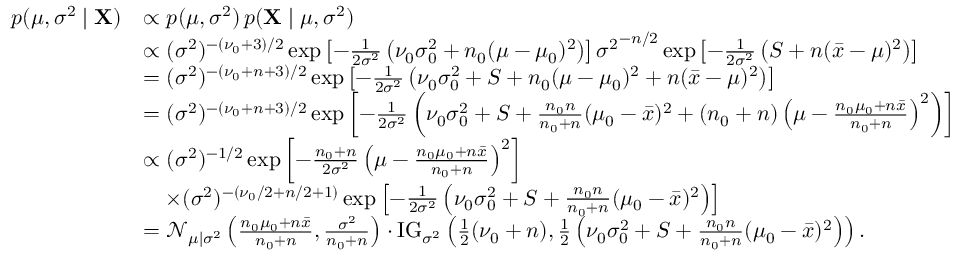
{ \begin{array} { r l } { p ( \mu , \sigma ^ { 2 } \mid \mathbf { X } ) } & { \propto p ( \mu , \sigma ^ { 2 } ) \, p ( \mathbf { X } \mid \mu , \sigma ^ { 2 } ) } \\ & { \propto ( \sigma ^ { 2 } ) ^ { - ( \nu _ { 0 } + 3 ) / 2 } \exp \left[ - { \frac { 1 } { 2 \sigma ^ { 2 } } } \left( \nu _ { 0 } \sigma _ { 0 } ^ { 2 } + n _ { 0 } ( \mu - \mu _ { 0 } ) ^ { 2 } \right) \right] { \sigma ^ { 2 } } ^ { - n / 2 } \exp \left[ - { \frac { 1 } { 2 \sigma ^ { 2 } } } \left( S + n ( { \bar { x } } - \mu ) ^ { 2 } \right) \right] } \\ & { = ( \sigma ^ { 2 } ) ^ { - ( \nu _ { 0 } + n + 3 ) / 2 } \exp \left[ - { \frac { 1 } { 2 \sigma ^ { 2 } } } \left( \nu _ { 0 } \sigma _ { 0 } ^ { 2 } + S + n _ { 0 } ( \mu - \mu _ { 0 } ) ^ { 2 } + n ( { \bar { x } } - \mu ) ^ { 2 } \right) \right] } \\ & { = ( \sigma ^ { 2 } ) ^ { - ( \nu _ { 0 } + n + 3 ) / 2 } \exp \left[ - { \frac { 1 } { 2 \sigma ^ { 2 } } } \left( \nu _ { 0 } \sigma _ { 0 } ^ { 2 } + S + { \frac { n _ { 0 } n } { n _ { 0 } + n } } ( \mu _ { 0 } - { \bar { x } } ) ^ { 2 } + ( n _ { 0 } + n ) \left( \mu - { \frac { n _ { 0 } \mu _ { 0 } + n { \bar { x } } } { n _ { 0 } + n } } \right) ^ { 2 } \right) \right] } \\ & { \propto ( \sigma ^ { 2 } ) ^ { - 1 / 2 } \exp \left[ - { \frac { n _ { 0 } + n } { 2 \sigma ^ { 2 } } } \left( \mu - { \frac { n _ { 0 } \mu _ { 0 } + n { \bar { x } } } { n _ { 0 } + n } } \right) ^ { 2 } \right] } \\ & { \quad \times ( \sigma ^ { 2 } ) ^ { - ( \nu _ { 0 } / 2 + n / 2 + 1 ) } \exp \left[ - { \frac { 1 } { 2 \sigma ^ { 2 } } } \left( \nu _ { 0 } \sigma _ { 0 } ^ { 2 } + S + { \frac { n _ { 0 } n } { n _ { 0 } + n } } ( \mu _ { 0 } - { \bar { x } } ) ^ { 2 } \right) \right] } \\ & { = { \mathcal { N } } _ { \mu \mid \sigma ^ { 2 } } \left( { \frac { n _ { 0 } \mu _ { 0 } + n { \bar { x } } } { n _ { 0 } + n } } , { \frac { \sigma ^ { 2 } } { n _ { 0 } + n } } \right) \cdot \mathrm { { I G } } _ { \sigma ^ { 2 } } \left( { \frac { 1 } { 2 } } ( \nu _ { 0 } + n ) , { \frac { 1 } { 2 } } \left( \nu _ { 0 } \sigma _ { 0 } ^ { 2 } + S + { \frac { n _ { 0 } n } { n _ { 0 } + n } } ( \mu _ { 0 } - { \bar { x } } ) ^ { 2 } \right) \right) . } \end{array} }